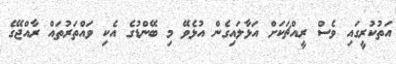
އަތުކުރީގައި ވެސް ރީއްޗަކަށް އަޅާލައިގެން އުޅެވޭ މި ބޭންޑުގެ އެކި ވައްތަރުތައް ރާއްޖޭގެ